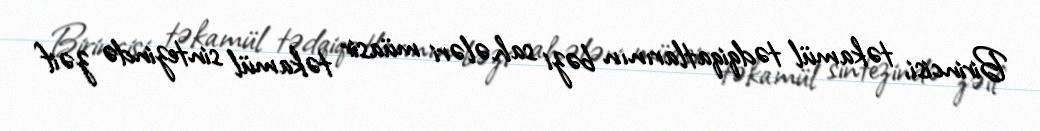
Birincisi, təkamül tədqiqatlarının bəzi sahələri müasir təkamül sintezində zəif